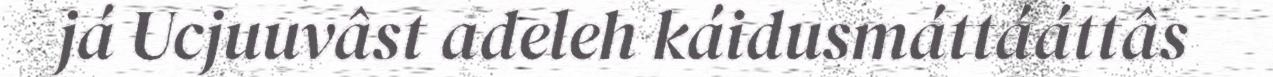
já Ucjuuvâst adeleh káidusmáttááttâs